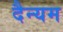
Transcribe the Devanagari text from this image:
दैन्यम